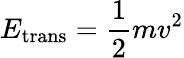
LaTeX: E_{\mathrm{trans}}={\frac{1}{2}}mv^{2}